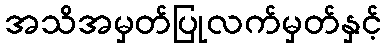
အသိအမှတ်ပြုလက်မှတ်နှင့်